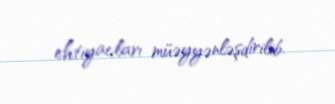
ehtiyacları müəyyənləşdirilib.